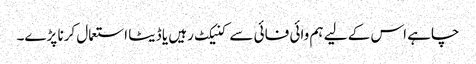
چاہے اس کے لیے ہم وائی فائی سے کنیکٹ رہیں یا ڈیٹا استعمال کرنا پڑے۔